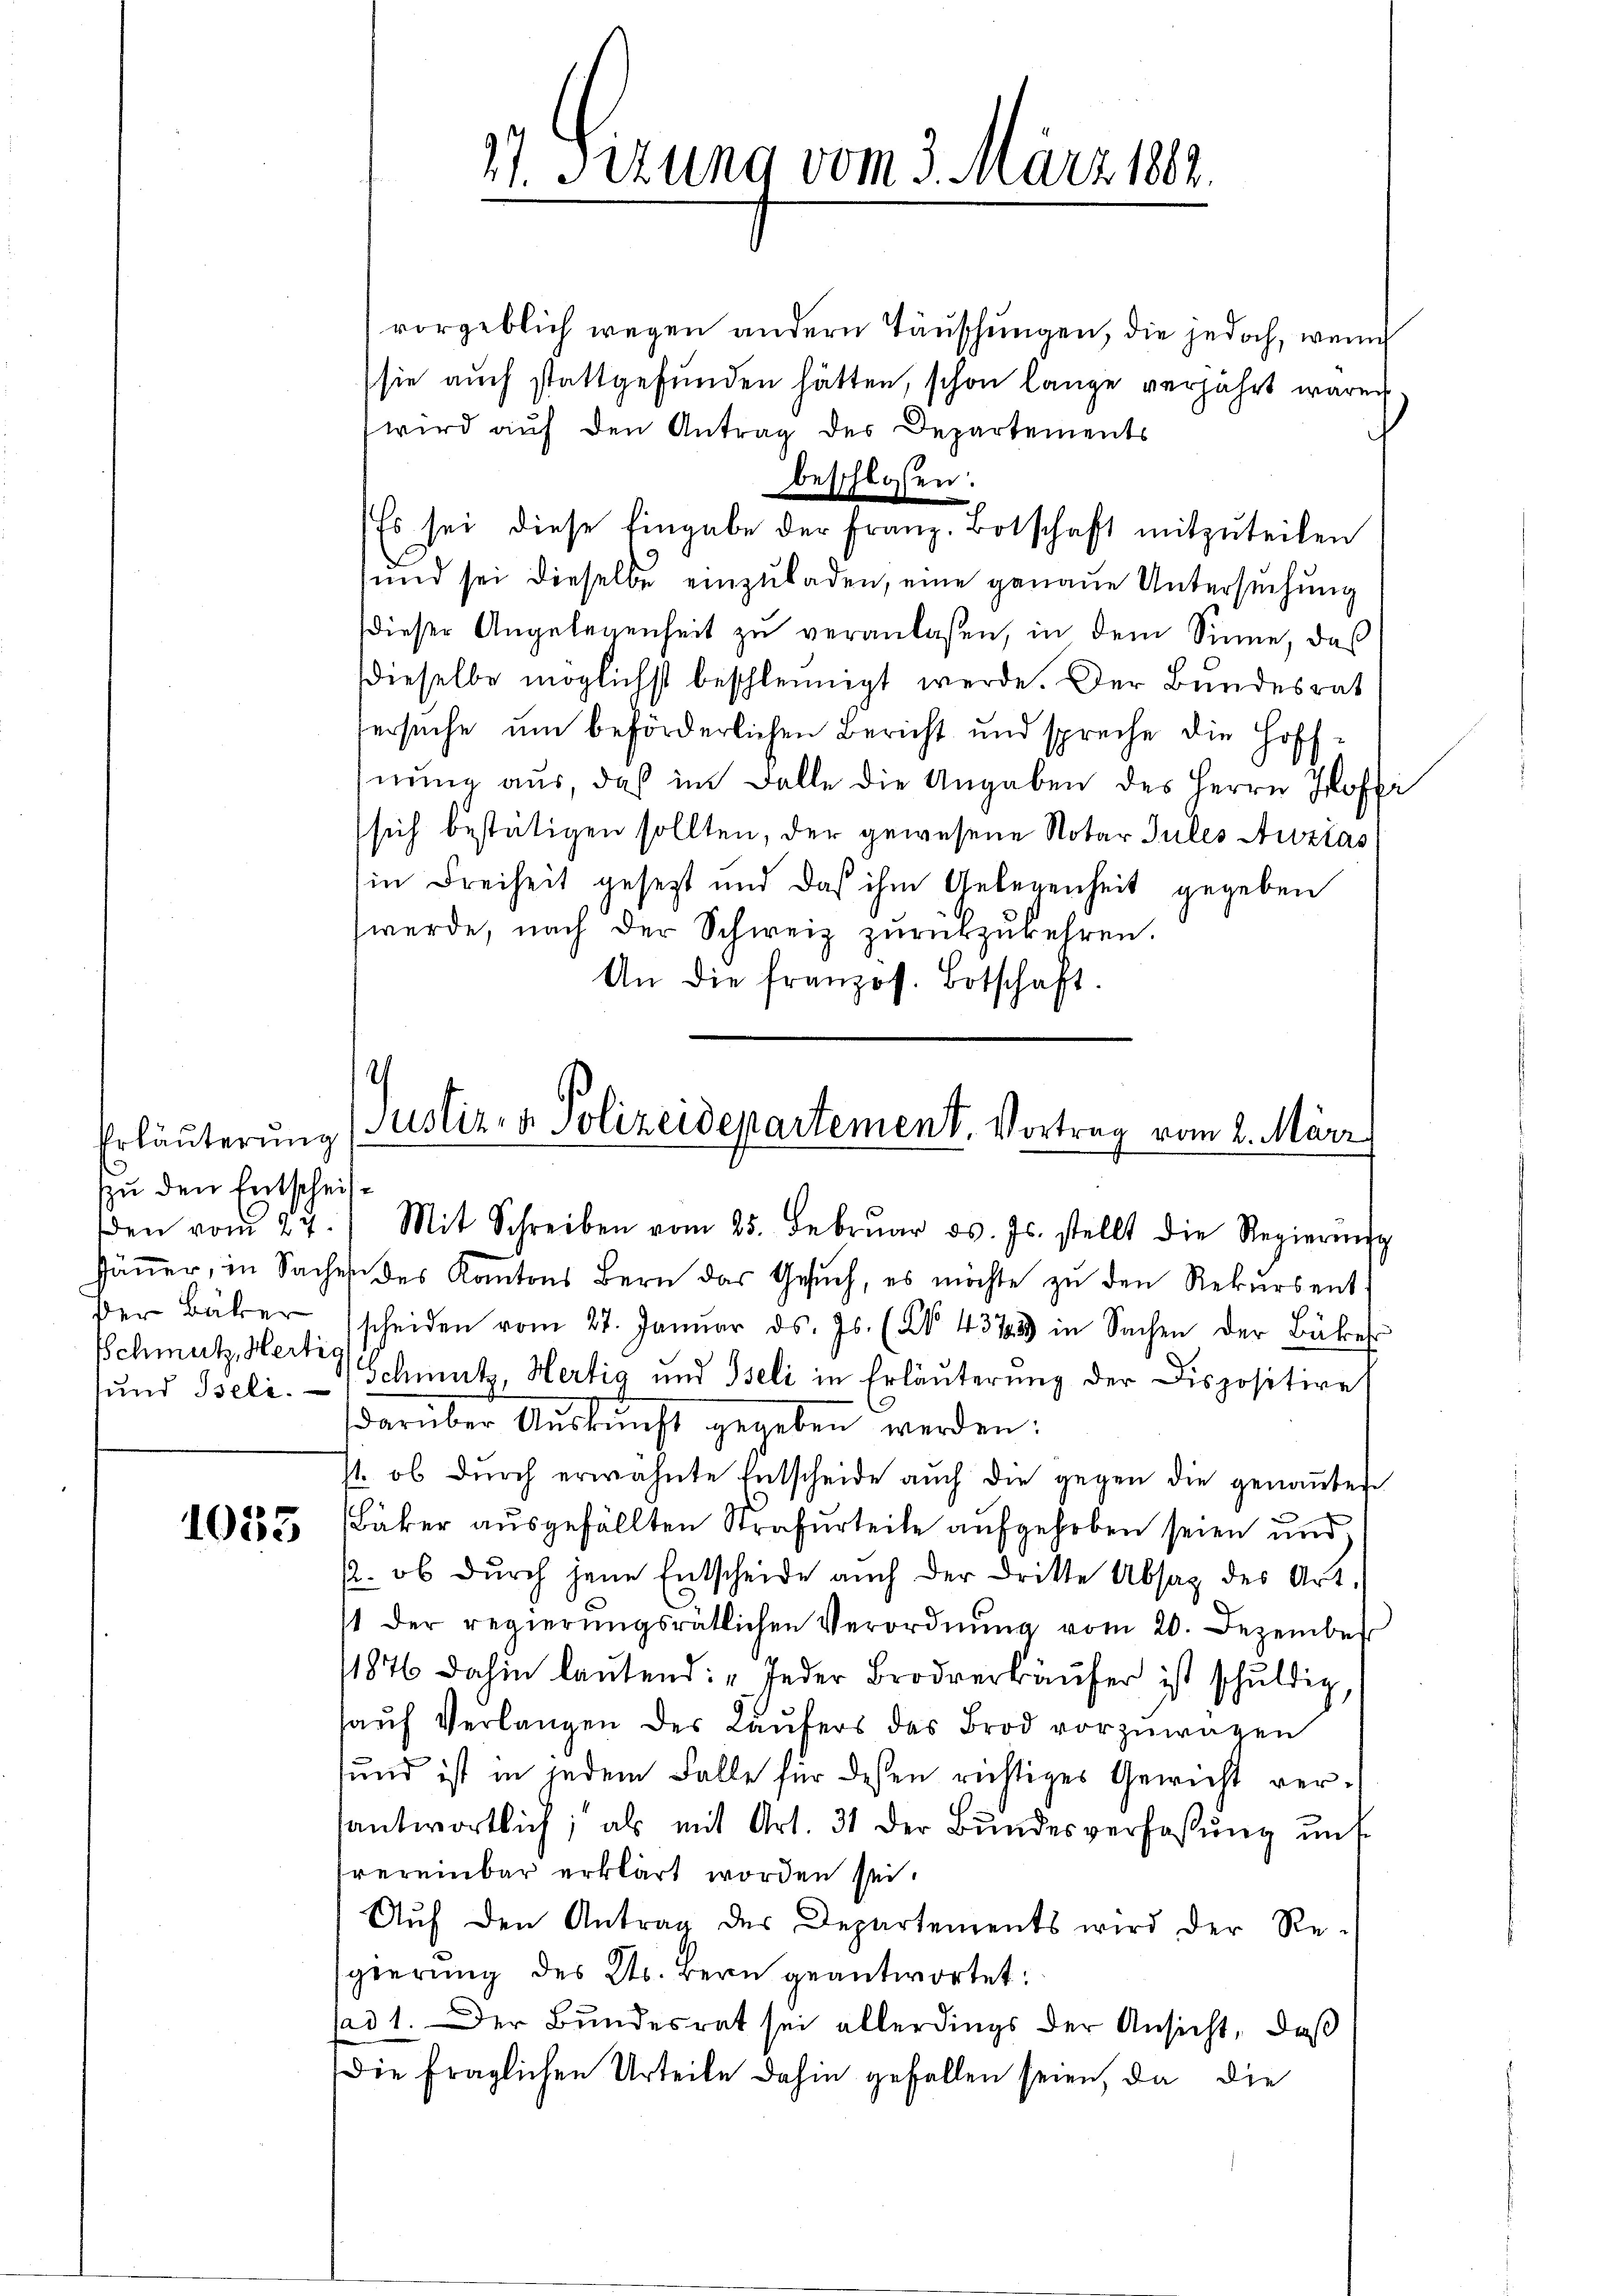
Erläuterung
zu den Entscheis¬
Schmutz, Hertig

1035

27. Sizung vom 3. März 189.

vorgeblich wegen andern Täuschungen, die jedoch, wenn
sie auch stattgefunden hätten, schon lange verjährt waren,
wird auf den Antrag des Departements
beschlossen:
Es sei diese Eingabe der franz. Botschaft mitzuteilen
und sei dieselbe einzuladen, eine genaue Untersuchung
dieser Angelegenheit zu veranlaßen, in dem Sinne, das
dieselbe möglichst beschleunigt werde. Der Bundesrat
Versuche um beförderlichen Bericht und spreche die Hoffhnung aus, daß im Falle die Angaben des Herrn Hoffi
(sich bestätigen sollten, der gewesene Notar Gutes Auslas
in Freiheit gesetzt und daß ihm Gelegenheit gegeben
werde, nach der Schweiz zurückzukehren.
An die französ. Botschaft.

.
Justiz- & Polizeidepartement. Vortrag vom 2. März
den vom 27. 1. Mit Schreiben vom 25. Febrŭar d. Js. stellt die Regierŭng

Jäṅer, in Sachen des Kantons Bern das Gesŭch, es möchte zŭ den Rekursent-
Der Bäker scheiden vom 27. Janŭar d. Js. (XV 437 in Sachen der Bäker
sund Beli. Schmutz, Hertig und Iseli in Erläuterung der Dispositire
darüber Aŭskŭnft gegeben werden:
/1. ob durch erwähnte Entscheide auch die gegen die genannten
Bäker ausgefällten Strafurteile aufgehoben seien und
p. ob durch jene Entscheide auch der dritte Absaz des Art.
t der regierŭngsrätlichen Verordnŭng vom 20. Dezember
1876 dahin laŭtend: „Jeder Brodverkäŭfer ist schuldig,
aŭf Verlangen des Läŭfers des Brod vorzŭwagen
und ist in jedem Falle für dessen richtiges Gewicht verantwortlich; als mit Art. 31 der Bŭndesverfassŭng ŭns
frereinbar erklärt worden sei.
Aŭf den Antrag des Departements wird der Re-
gierung des Kts. Bern geantwortet:
sad 1. Der Bundesrat sei allerdings der Ansicht, daß
Die fraglichen Urteile dahin gefallen seien, da die